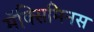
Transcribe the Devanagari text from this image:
मॅक्सिमिनस